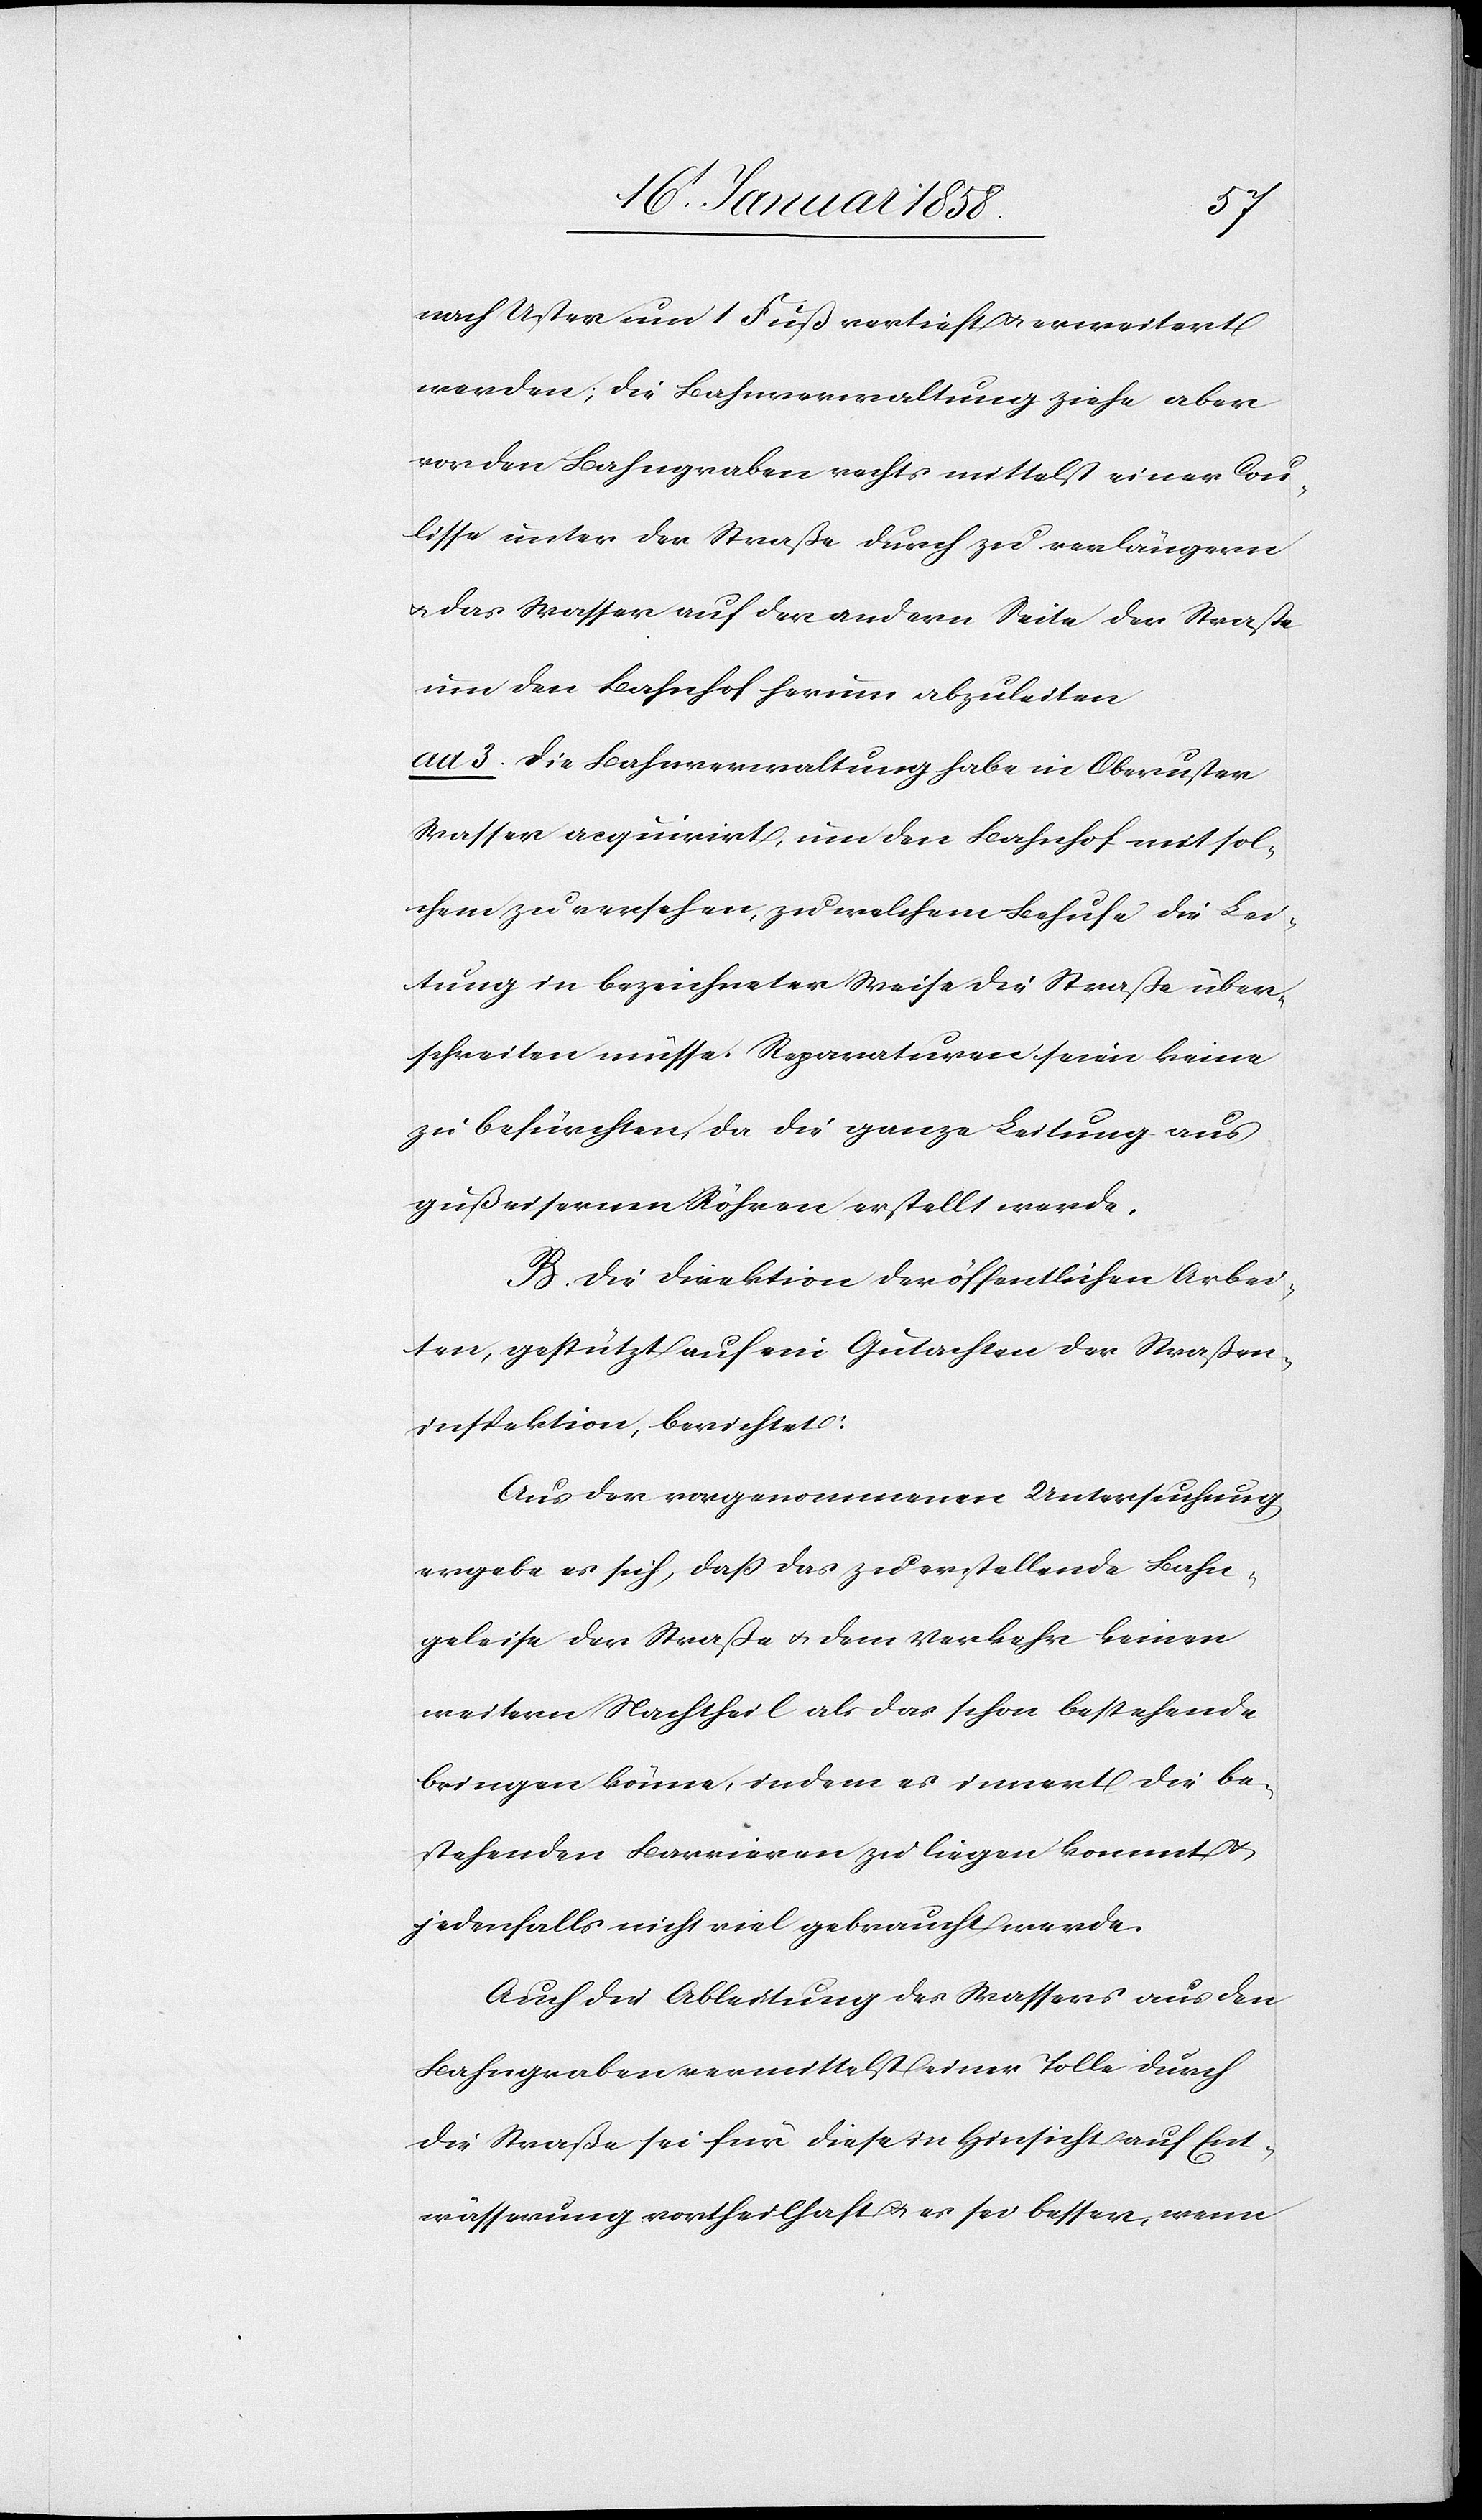
nach Uster um 1 Fuß vertieft u. erweitert
werden; die Bahnverwaltung ziehe aber
vor den Bahngraben rechts mittelst einer Cou¬
lisse unter der Straße durch zu verlängern
u. das Wasser auf der andern Seite der Straße
um den Bahnhof herum abzuleiten[.]
ad 3. Die Bahnverwaltung habe in Oberuster
Wasser acquirirt, um den Bahnhof mit sol¬
chem zu versehen, zu welchem Behufe die Lei¬
tung in bezeichneter Weise die Straße über¬
schreiten müsse. Reparaturen seien keine
zu befürchten, da die ganze Leitung aus
gußeisernen Röhren erstellt werde.
B. Die Direktion der öffentlichen Arbei¬
ten, gestützt auf ein Gutachten der Straßen¬
inspektion, berichtet:
Aus der vorgenommenen Untersuchung
ergebe es sich, daß das zu erstellende Bahn¬
geleise der Straße u. dem Verkehr keinen
weitern Nachtheil als das schon bestehende
bringen könne, indem es innert die be¬
stehenden Barrieren zu liegen kommt u.
jedenfalls nicht viel gebraucht werde.
Auch die Ableitung des Wassers aus den
Bahngraben vermittelst einer Tolle durch
die Straße sei für diese in Hinsicht auf Ent¬
wässerung vortheilhaft u. es sei besser, wenn